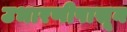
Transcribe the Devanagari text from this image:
उभारणीपासून